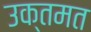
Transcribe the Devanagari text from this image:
उक्तमत